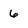
Character: 6